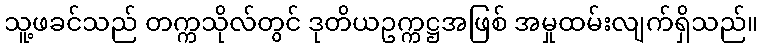
သူ့ဖခင်သည် တက္ကသိုလ်တွင် ဒုတိယဥက္ကဋ္ဌအဖြစ် အမှုထမ်းလျက်ရှိသည်။